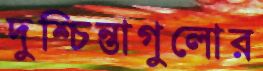
দুশ্চিন্তাগুলোর